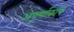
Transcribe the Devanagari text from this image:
अपूर्णाकांचे